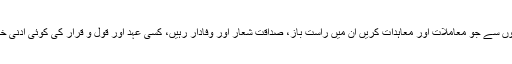
یعنی مسلمان دوسری قوموں سے جو معاملات اور معاہدات کریں ان میں راست باز، صداقت شعار اور وفادار رہیں، کسی عہد اور قول و قرار کی کوئی ادنیٰ خلاف ورزی بھی نہ کریں۔